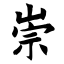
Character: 崇